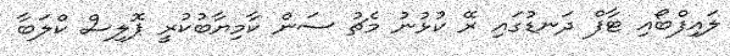
ލައިފްބޯއި ޓާފް ދަނޑުގައި ރޭ ކުޅުނު މެޗު ސަން ކާމިޔާބުކުރީ ޕޮލިސް ކްލަބާ